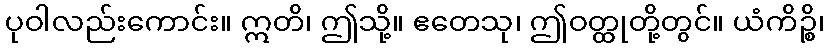
ပုဝါလည်းကောင်း။ ဣတိ၊ ဤသို့။ ဧတေသု၊ ဤဝတ္ထုတို့တွင်။ ယံကိဉ္စိ၊